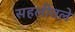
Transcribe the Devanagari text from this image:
सहलीतले